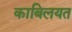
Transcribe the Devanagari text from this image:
काबिलयत